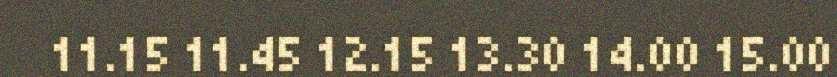
11.15 11.45 12.15 13.30 14.00 15.00